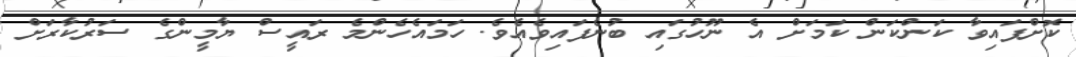
ކޮށްފައިވާ ކަންކަން ކަމަށް އެ ނޫހުގައި ބުނެފައިވެއެވެ. ހަމައެހެންމެ ރައީސް ޔާމީންގެ ސަރުކާރަށް